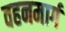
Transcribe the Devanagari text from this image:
वहनमार्ग